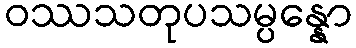
ဝဿသတုပသမ္ပန္နော